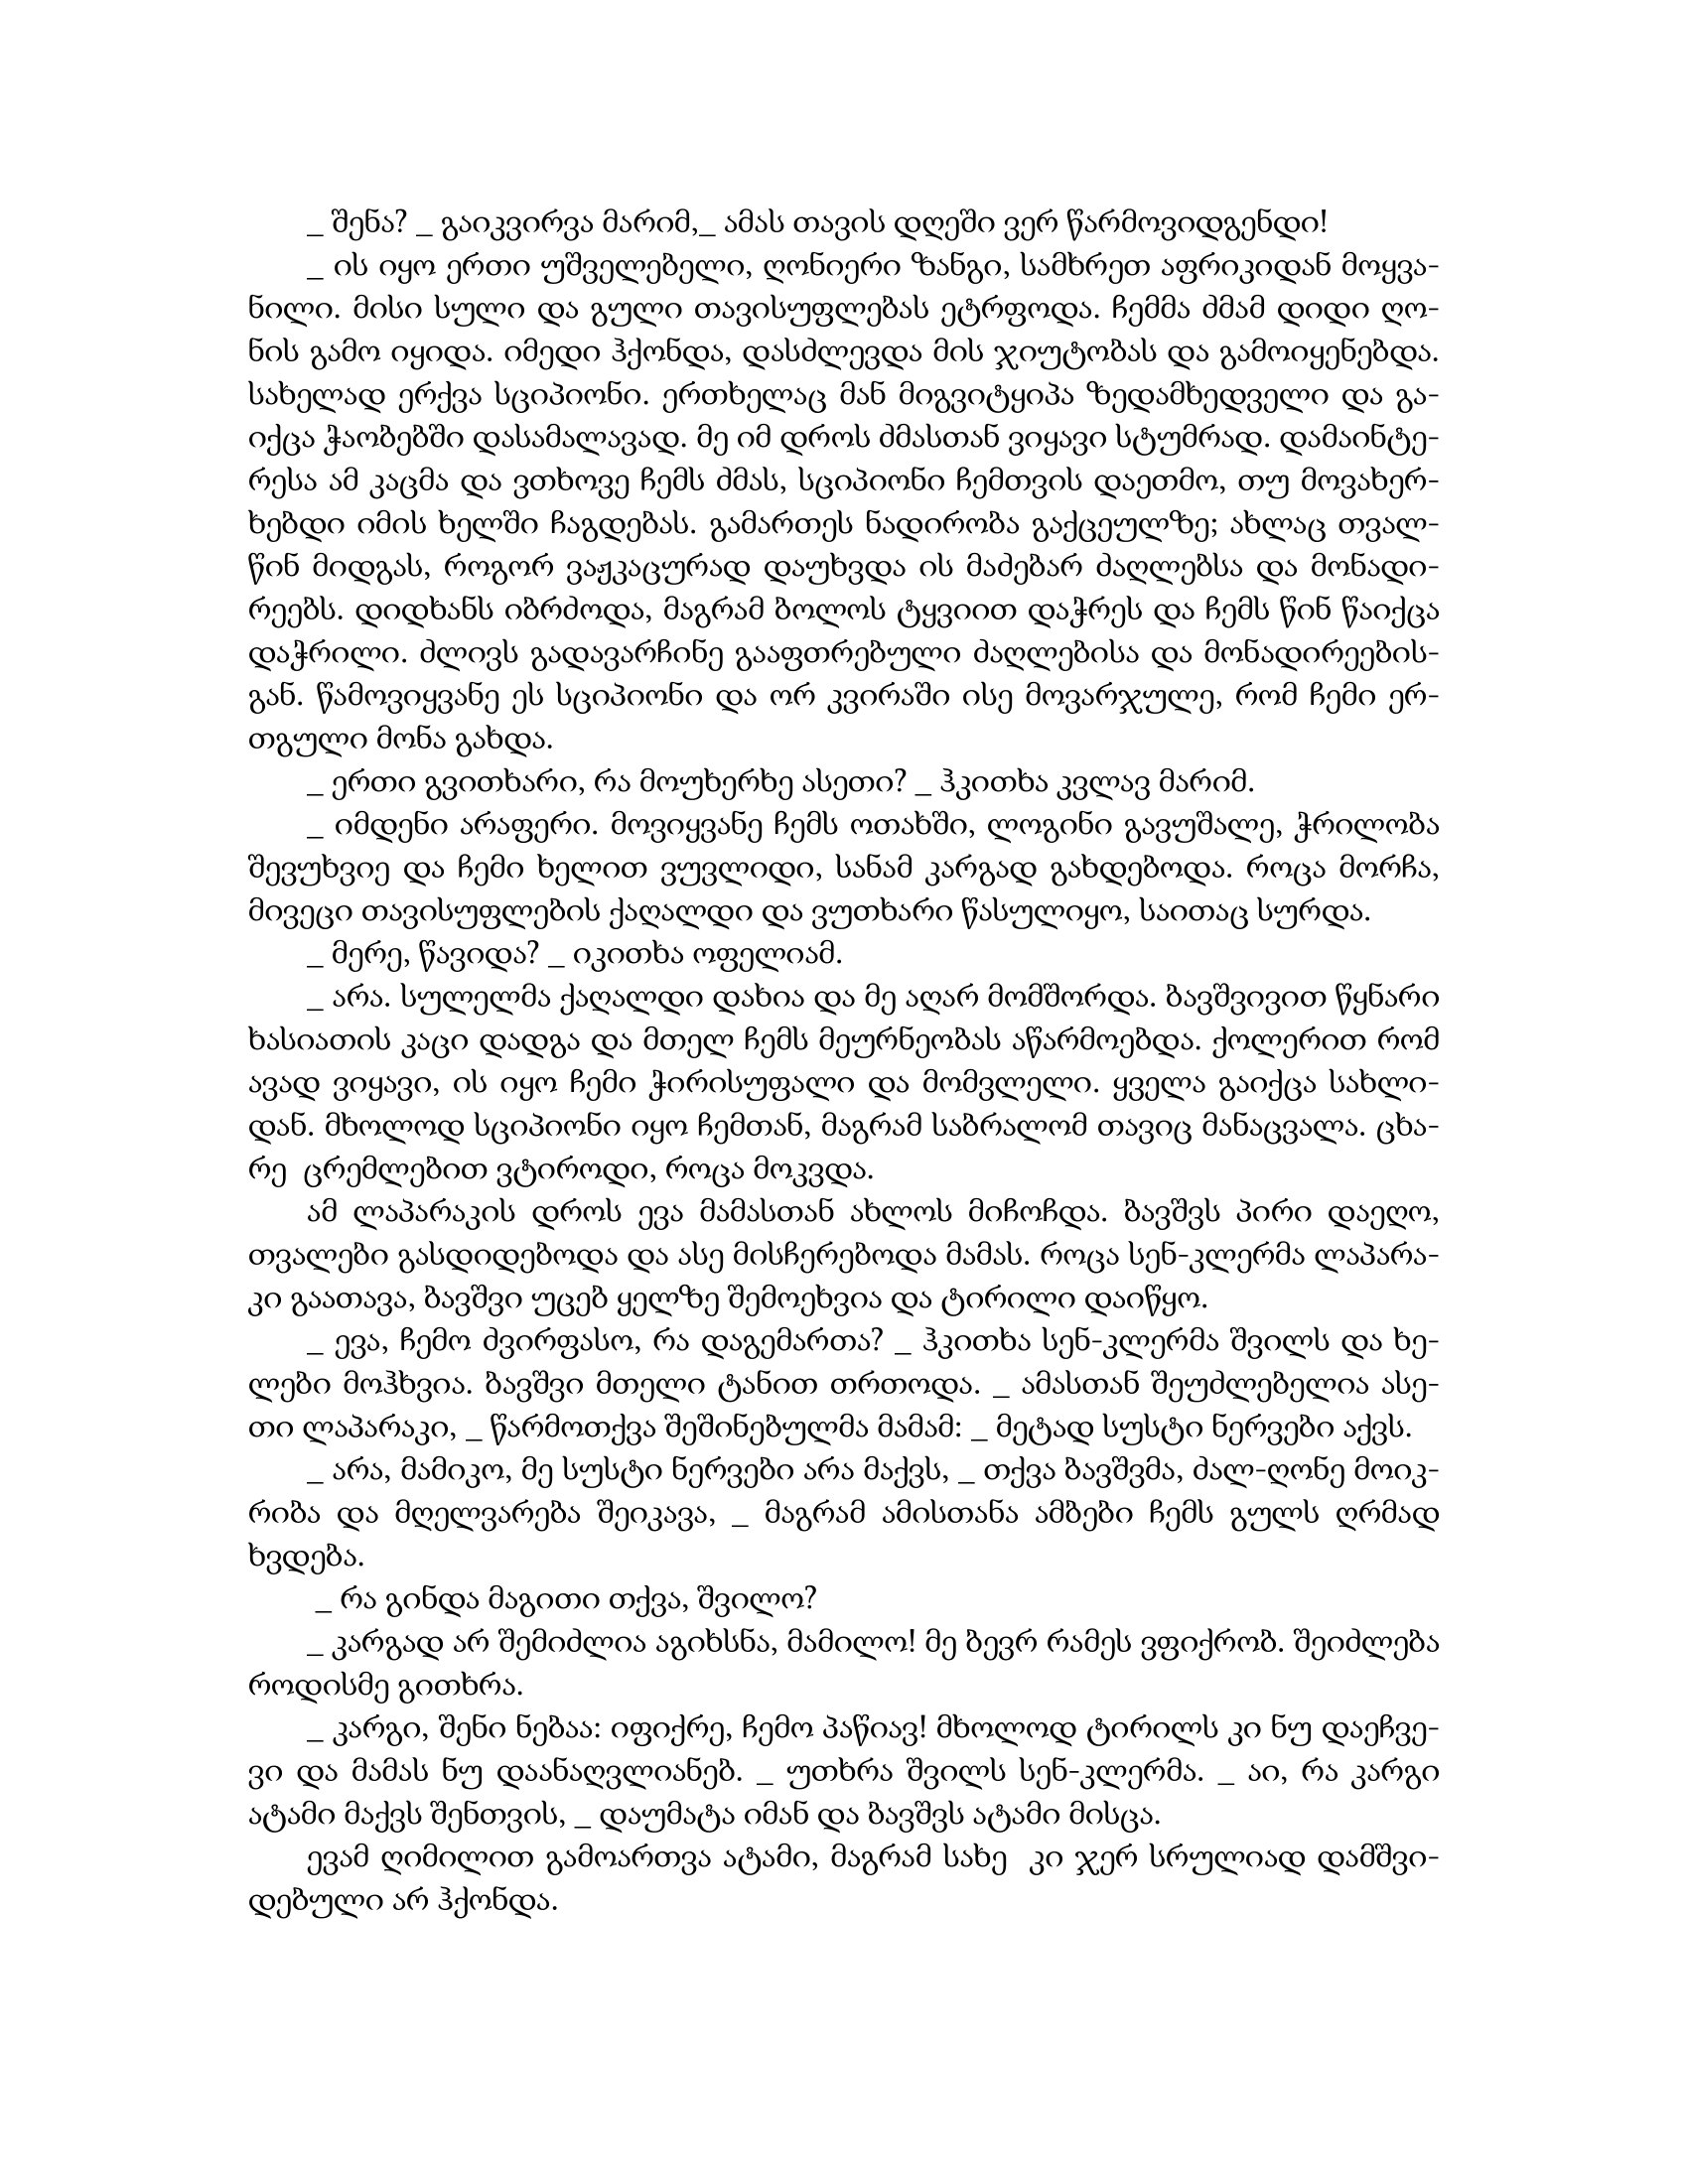
Language: gr